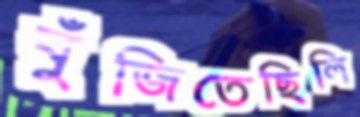
বুঁজিতেছিলি